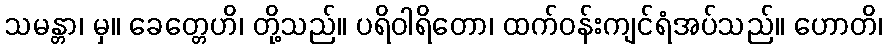
သမန္တာ၊ မှ။ ခေတ္တေဟိ၊ တို့သည်။ ပရိဝါရိတော၊ ထက်ဝန်းကျင်ရံအပ်သည်။ ဟောတိ၊